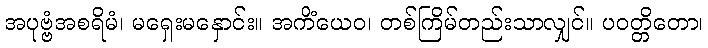
အပုဗ္ဗံအစရိမံ၊ မရှေးမနှောင်း။ အကိံယေဝ၊ တစ်ကြိမ်တည်းသာလျှင်။ ပဝတ္တိတော၊